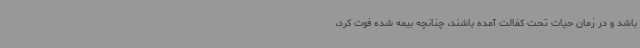
باشد و در زمان حیات تحت کفالت آمده باشند، چنانچه بیمه شده فوت کرد،